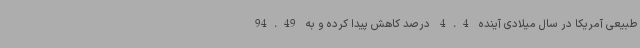
طبیعی آمریکا در سال میلادی آینده 4.4 درصد کاهش پیدا کرده و به 94.49